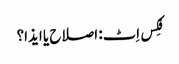
فِکس اِٹ: اصلاح یا ایذا؟